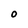
Character: O